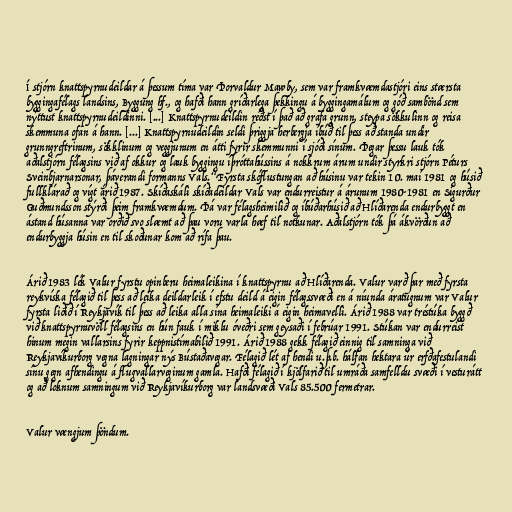
Í stjórn knattspyrnudeildar á þessum tíma var Þorvaldur Mawby, sem var framkvæmdastjóri eins stærsta
byggingafélags landsins, Byggung hf., og hafði hann gríðarlega þekkingu á byggingamálum og góð sambönd sem
nýttust knattspyrnudeildinni. [...] Knattspyrnudeildin réðst í það að grafa grunn, steypa sökkulinn og reisa
skemmuna ofan á hann. [...] Knattspyrnudeildin seldi þriggja herbergja íbúð til þess að standa undir
grunngreftrinum, sökklinum og veggjunum en átti fyrir skemmunni í sjóði sínum. Þegar þessu lauk tók
aðalstjórn félagsins við af okkur og lauk byggingu íþróttahússins á nokkrum árum undir styrkri stjórn Péturs
Sveinbjarnarsonar, þáverandi formanns Vals.“Fyrsta skóflustungan að húsinu var tekin 10. maí 1981 og húsið
fullklárað og vígt árið 1987. Skíðaskáli skíðadeildar Vals var endurreistur á árunum 1980-1981 en Sigurður
Guðmundsson stýrði þeim framkvæmdum. Þá var félagsheimilið og íbúðarhúsið að Hlíðarenda endurbyggt en
ástand húsanna var orðið svo slæmt að þau voru varla hæf til notkunar. Aðalstjórn tók þá ákvörðun að
endurbyggja húsin en til skoðunar kom að rífa þau.

Árið 1983 lék Valur fyrstu opinberu heimaleikina í knattspyrnu að Hlíðarenda. Valur varð þar með fyrsta
reykvíska félagið til þess að leika deildarleik í efstu deild á eigin félagssvæði en á níunda áratugnum var Valur
fyrsta liðið í Reykjavík til þess að leika alla sína heimaleiki á eigin heimavelli. Árið 1988 var tréstúka byggð
við knattspyrnuvöll félagsins en hún fauk í miklu óveðri sem geysaði í febrúar 1991. Stúkan var endurreist
hinum megin vallarsins fyrir keppnistímabilið 1991. Árið 1988 gekk félagið einnig til samninga við
Reykjavíkurborg vegna lagningar nýs Bústaðavegar. Félagið lét af hendi u.þ.b. hálfan hektara úr erfðafestulandi
sínu gegn afhendingu á flugvallarveginum gamla. Hafði félagið í kjölfarið til umráða samfelldu svæði í vesturátt
og að loknum samningum við Reykjavíkurborg var landsvæði Vals 85.500 fermetrar.

Valur vængjum þöndum.